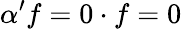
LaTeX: \alpha^{\prime}f=0\cdot f=0